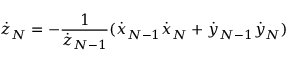
{ \dot { z } } _ { N } = - \frac { 1 } { { \dot { z } } _ { N - 1 } } ( { \dot { x } } _ { N - 1 } { \dot { x } } _ { N } + { \dot { y } } _ { N - 1 } { \dot { y } } _ { N } )